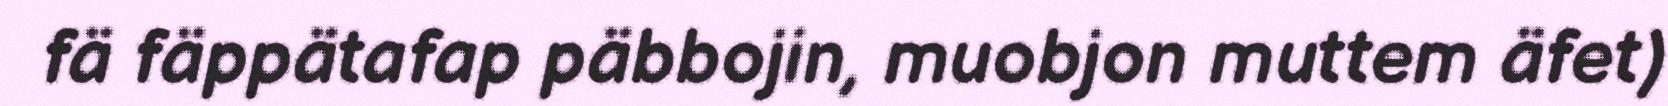
fä fäppätafap päbbojin, muobjon muttem äfet)